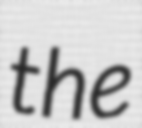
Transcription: the